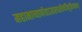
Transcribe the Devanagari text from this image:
महामाष्यार्णवाऽवारपारीणंविवृतिप्लवम्।